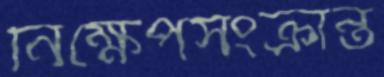
নিক্ষেপসংক্রান্ত